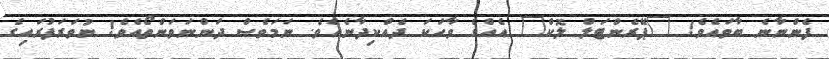
ފެންނާނެ ބާވައެވެ! "ޕޭރެންޓަލް ލޮކް" އެއްގެ ވާހަކަ ދެއްކިދާނެއެވެ. ނަމަވެސް ދަންނަވަންތޯއެވެ! ނުވަރަފުރައިގެ